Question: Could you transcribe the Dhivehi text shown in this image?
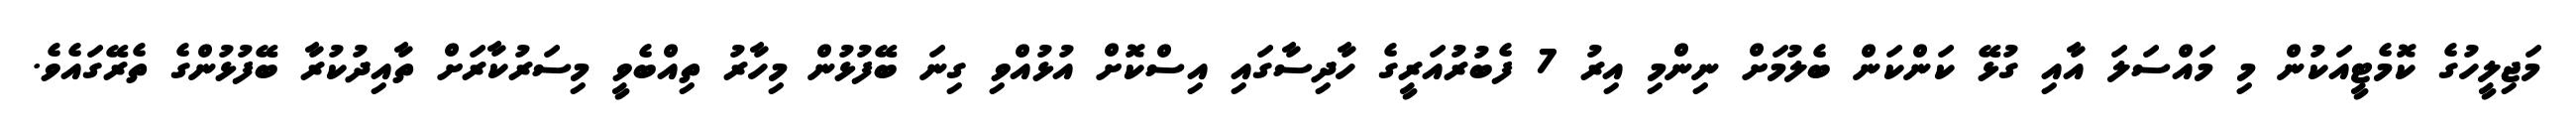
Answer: މަޖިލީހުގެ ކޮމެޓީއަކުން މި މައްސަލަ އާއި ގުޅޭ ކަންކަން ބެލުމަށް ނިންމި އިރު 7 ފެބުރުއަރީގެ ހާދިސާގައި އިސްކޮށް އުޅުއްވި ގިނަ ބޭފުޅުން މިހާރު ތިއްބެވީ މިސަރުކާރަށް ތާއިދުކުރާ ބޭފުޅުންގެ ތެރޭގައެވެ.